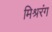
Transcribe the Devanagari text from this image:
मिश्ररंग